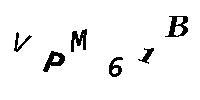
VPM61B